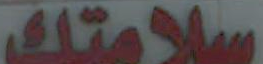
سلامتك